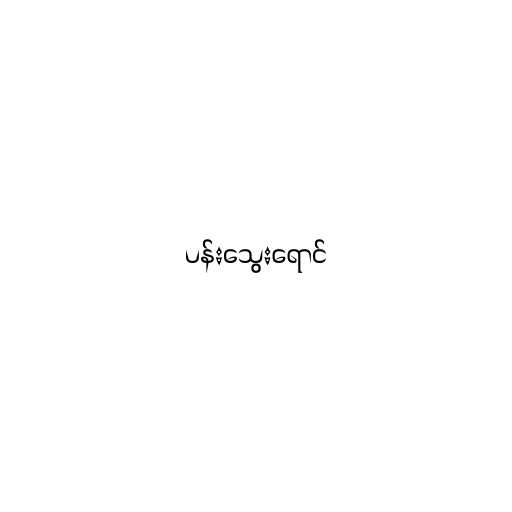
ပန်းသွေးရောင်